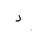
Letter: _dal